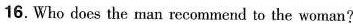
16. Who does the man recommend to the woman?